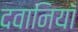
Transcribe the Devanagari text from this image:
दवानियाँ